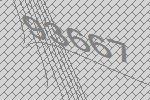
93667